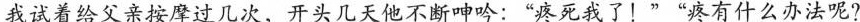
我试着给父亲按摩过几次，开头几天他不断呻吟：”疼死我了！””疼有什么办法呢?